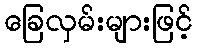
ခြေလှမ်းများဖြင့်